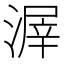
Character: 𣹲